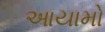
આયામો